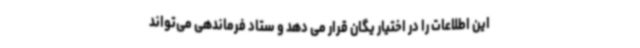
این اطلاعات را در اختیار یگان قرار می دهد و ستاد فرماندهی می‌تواند